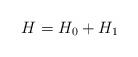
LaTeX: \begin{align*}H=H_0+H_1\end{align*}